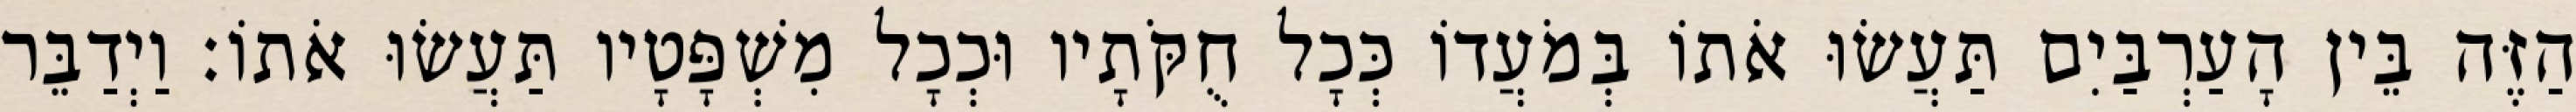
הַזֶּה בֵּין הָעַרְבַּיִם תַּעֲשׂוּ אֹתוֹ בְּמֹעֲדוֹ כְּכָל חֻקֹּתָיו וּכְכָל מִשְׁפָּטָיו תַּעֲשׂוּ אֹתוֹ׃ וַיְדַבֵּר